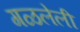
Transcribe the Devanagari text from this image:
गळलेली